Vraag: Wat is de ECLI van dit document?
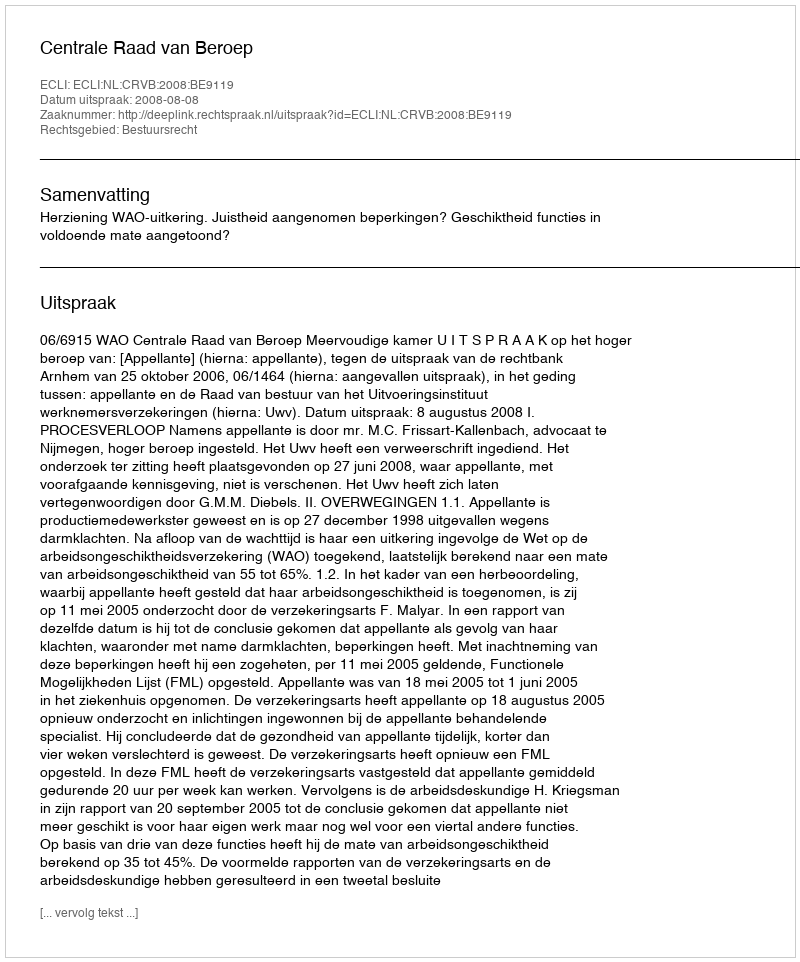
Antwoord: ECLI:NL:CRVB:2008:BE9119